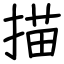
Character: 描